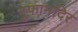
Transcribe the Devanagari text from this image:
गुफामंदिर